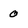
Character: 0